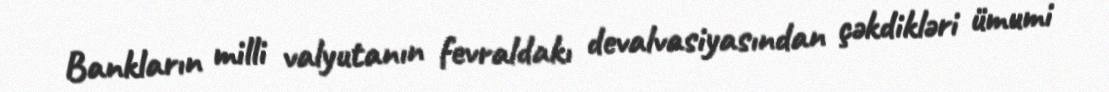
Bankların milli valyutanın fevraldakı devalvasiyasından çəkdikləri ümumi